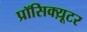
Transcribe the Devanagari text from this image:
प्रॉसिक्य़ूटर